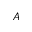
\boldsymbol { A }